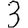
Digit: 3